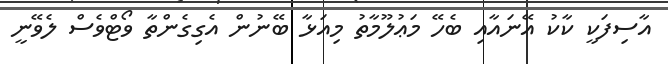
އާސިފަކީ ކާކު އޭނައާއި ބެހޭ މަޢުލޫމާތު މިއަޅާ ބޭނުން އެގިގެންތާ ވޯޓްވެސް ލެވޭނީ